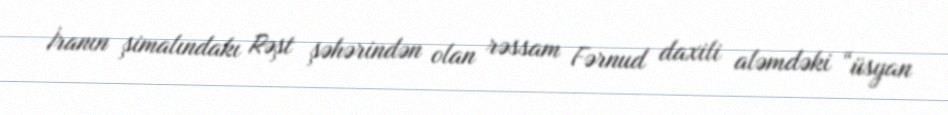
İranın şimalındakı Rəşt şəhərindən olan rəssam Fərnud daxili aləmdəki “üsyan